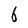
Character: b